Regulations for the medical services of the Army of India
Year: 1930
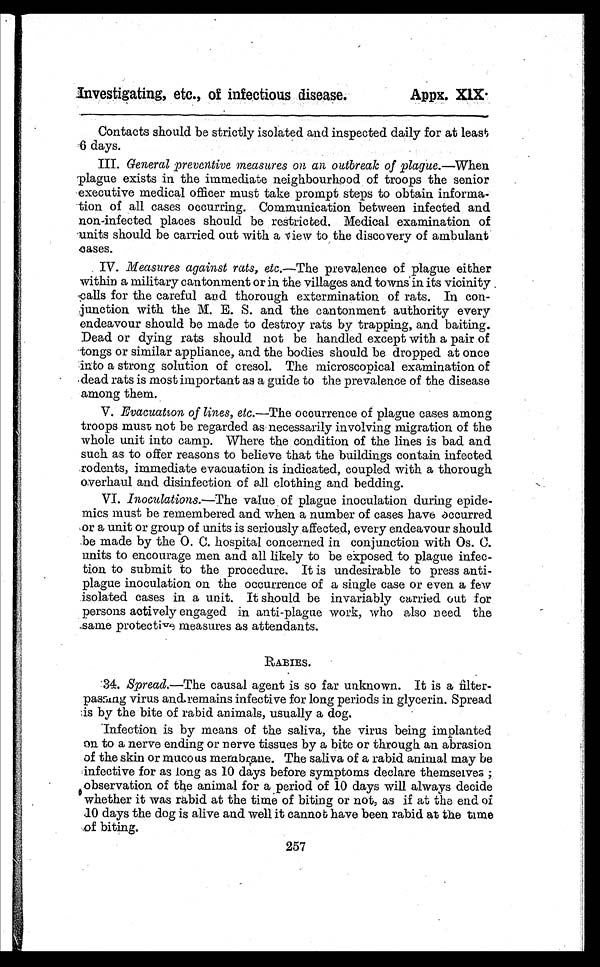
Contacts should be strictly isolated and inspected daily for at least
6 d a y s .
III. General preventive measures on an outbreak of plague.—When
plague exists in the immediate neighbourhood of troops the senior
executive medical officer must take prompt steps to obtain informa-
tion of all cases occurring. Communication between infected and
non-infected places should be restricted. Medical examination of
units should be carried out with a view to the discovery of ambulant
cases.
IV. Measures against rats, etc.—The prevalence of plague either
within a military cantonment or in the villages and towns in its vicinity
calls for the careful and thorough extermination of rats. In con-
junction with the M. E. S. and the cantonment authority every
endeavour should be made to destroy rats by trapping, and baiting.
Dead or dying rats should not be handled except with a pair of
tongs or similar appliance, and the bodies should be dropped at once
into a strong solution of cresol. The microscopical examination of
dead rats is most important as a guide to the prevalence of the disease
among them.
V. Evacuation of lines, etc.—The occurrence of plague cases among
troops must not be regarded as necessarily involving migration of the
whole unit into camp. Where the condition of the lines is bad and
such as to offer reasons to believe that the buildings contain infected
rodents, immediate evacuation is indicated, coupled with a thorough
overhaul and disinfection of all clothing and bedding.
VI. Inoculations.—The value of plague inoculation during epide-
mics must be remembered and when a number of cases have occurred
or a unit or group of units is seriously affected, every endeavour should
be made by the O.C. hospital concerned in conjunction with O.C.
units to encourage men and all likely to be exposed to plague infec-
tion to submit to the procedure. It is undesirable to press ant
i
plague inoculation on the occurrence of a single case or even a few
isolated cases in a unit. It should be invariably carried out for
persons actively engaged in anti-plague work, who also need the
same protective measures as attendants.
RABIES.
34. Spread.—The causal agent is so far unknown. It is a filter-
passing virus and remains infective for long periods in glycerin. Spread
is by the bite of rabid animals, usually a dog.
Infection is by means of the saliva, the virus being implanted
on to a nerve ending or nerve tissues by a bite or through an abrasion
of the skin or mucous membrane. The saliva of a rabid animal may be
infective for as long as 10 days before symptoms declare themselves ;
observation of the animal for a period of 10 days will always decide
whether it was rabid at the time of biting or not, as if at the end of
1 0
d a y s t h e d o g i s a l i v e a n d w e l l i t c a n n o t h a v e b e e n r a b i da
t t h e t i m e
of biting.
257